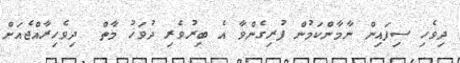
ދިވެހި ސިފައިން ނާމާންކަމުން ފުރިގެންވާ އެ ބިރުވެރި ދުވަހު މާތް  ދިވެހިރާއްޖެއަށް